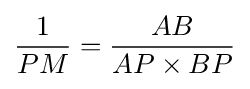
{\frac {1}{PM}}={\frac {AB}{AP\times BP}}